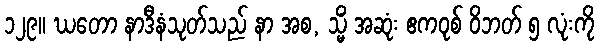
၁၂၉။ ဃတော နာဒီနံသုတ်သည် နာ အစ, သ္မိံ အဆုံး ဧကဝုစ် ဝိဘတ် ၅ လုံးကို